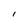
Character: l